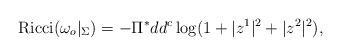
LaTeX: \begin{align*}{\rm Ricci}(\omega _o |_{\Sigma}) = - \Pi^* dd^c \log (1+|z^1|^2 + |z^2|^2),\end{align*}